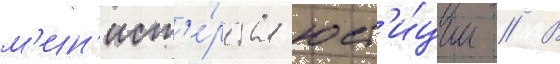
м'ин'ист'е́рства юст'и́ции // В